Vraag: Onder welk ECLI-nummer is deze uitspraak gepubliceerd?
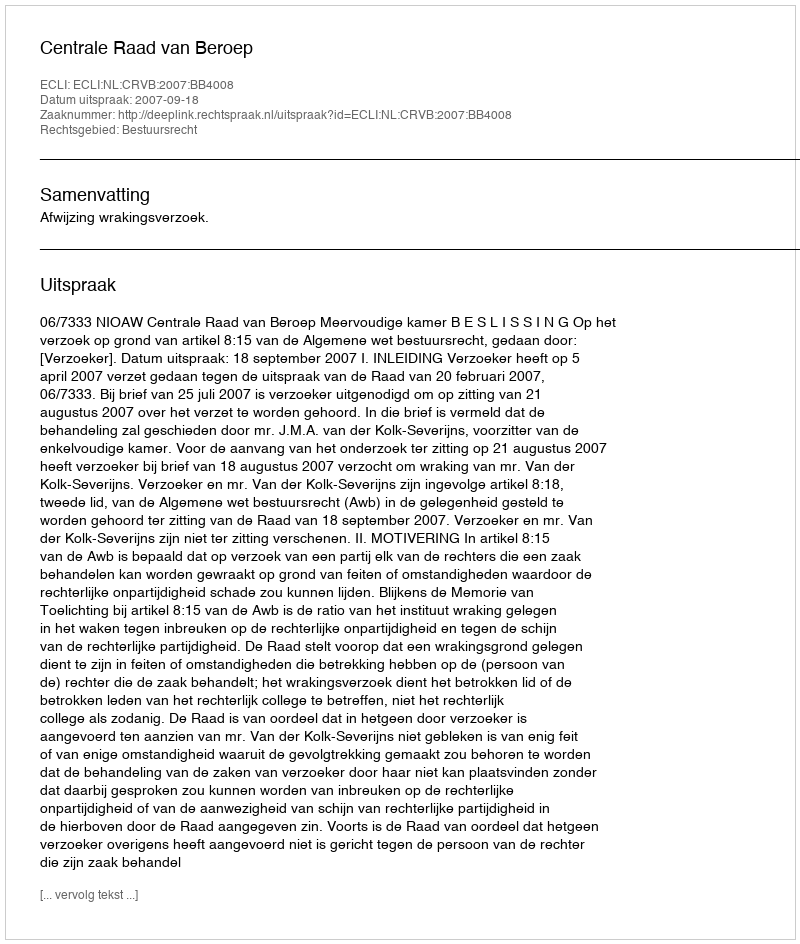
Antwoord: ECLI:NL:CRVB:2007:BB4008